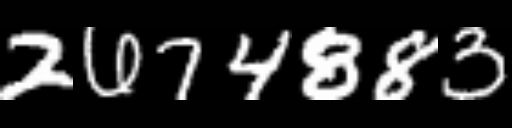
Text: 2674883